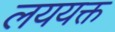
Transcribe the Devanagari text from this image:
लययक्त